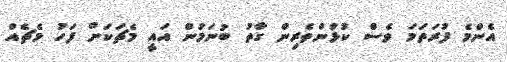
އެންމެ ފުރަތަމަ ވެސް ކުޅުންތެރިން ގާތު ބުނަމުން އައީ މެޗަކަށް ފަހު މެޗެއް